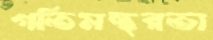
গতিমন্থরতা